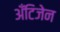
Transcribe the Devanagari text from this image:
अँटिजेन